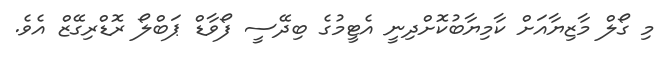
މި ގޯލް މާޒިޔާއަށް ކާމިޔާބުކޮށްދިނީ އެޓީމުގެ ބިދޭސީ ފޯވާޑް ޕަބްލޯ ރޮޑްރިގޭޒް އެވެ.